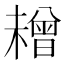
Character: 𱤜